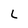
Character: 2